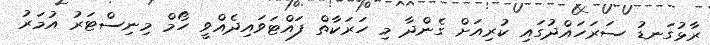
ރާޅުގަނޑު ސަރަހައްދުގައި ކުރިއަށް ގެންދާ މި ހަރަކާތް ފައްޓަވައިދެއްވީ ހޯމް މިނިސްޓަރު އުމަރު